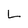
Character: L